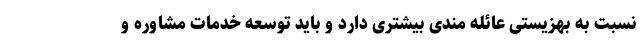
نسبت به بهزیستی عائله مندی بیشتری دارد و باید توسعه خدمات مشاوره و